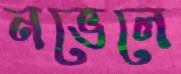
নভেলে